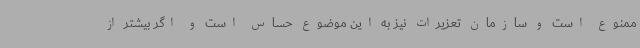
ممنوع است و سازمان تعزیرات نیز به این موضوع حساس است و اگر بیشتر از